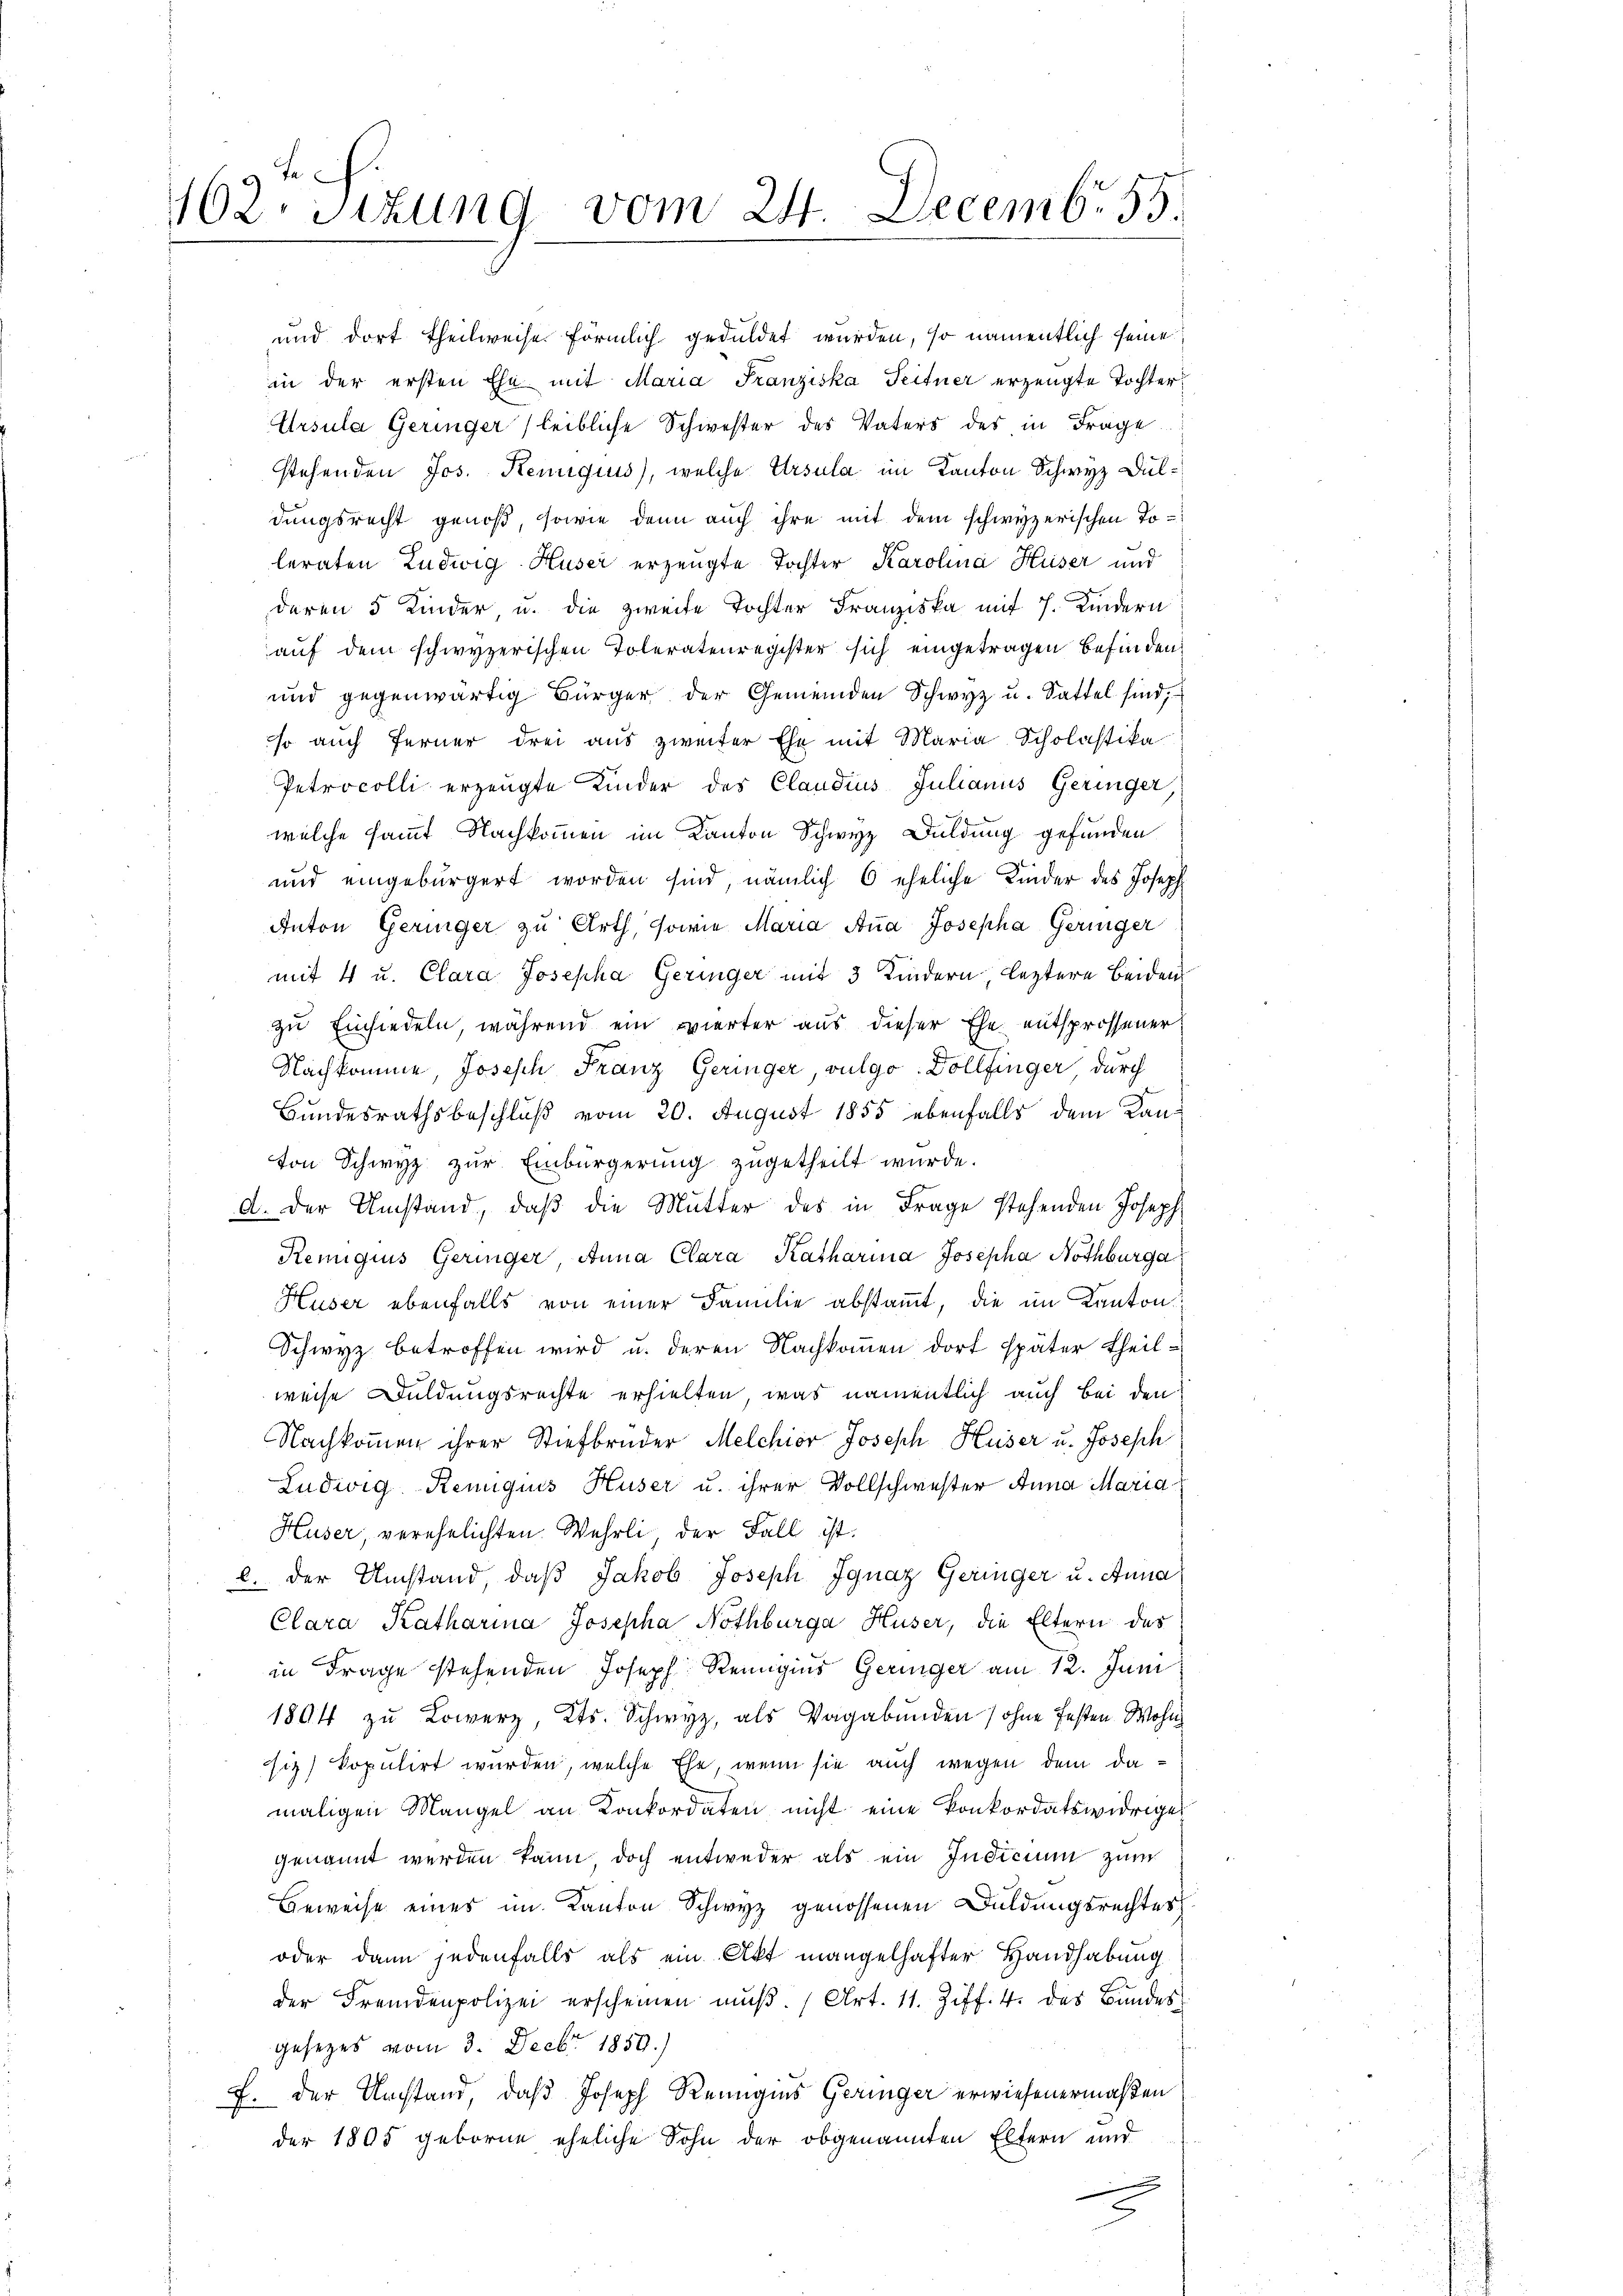
402. Sitzung vom 24. Decembr. 55.

und dort theilweise förmlich geduldet wurden, so namentlich seine
in der ersten Ehe mit Maria Franziska Teitner erzeugte Tochter¬
Ursula Geringer (leibliche Schwester des Vaters des in Frage
stehenden Jos. Reniquus), welche Ursula im Kanton Schwyz Duldungsrecht genoß, sowie denn auch ihre mit dem schwyzerischen Toleraten Ludwig Huser erzeugte Tochter Karolina Huser und
deren 5 Kinder, u. die zweite Tochter Franziska mit 7. Kindern
auf dem schwyzerischen Toleratenregister sich eingetragen befinden.
und gegenwärtig Bürger der Gemeinden Schwyz u. Sattel sind,
so auch ferner drei aus zweiter Ehe mit Maria Scholastika
Petrocolli erzeugte Kinder des Claudius Julianus Geringer
welche sammt Nachkommen im Kanton Schwyz Duldung gefunden
und eingebürgert worden sind, nämlich 6 eheliche Kinder des Joseph
Anton Geringer zu Arth, sowie Maria Aṅa Josepha Geringer
mit 4 u. Clara Josepha Geringer mit 3 Kindern, leztere beiden
zu Einsiedeln, während ein vierter aus dieser Ehe entsprossener
Nachkomme, Joseph Franz Geringer, vulgo Dollfinger durch
Bundesrathsbeschluß vom 20. August 1855 ebenfalls dem Kanton Schwyz zur Einbürgerung zugetheilt wurde.
A. Der Umstand, daß die Mutter des in Frage stehenden Joseph
Remigius Geringer, Anna Clara Katharina Josepha Nothburga
Huser ebenfalls von einer Familie abstammt, die im Kanton
Schwyz betroffen wird u. deren Nachkommen dort später Theilweise Duldungsrechte erhielten, was namentlich auch bei den
Nachkommen ihrer Stiefbruder Melchior Joseph Huser u. Joseph
Ludwig Rennquis Huser u. ihrer Vollschwester Anna Maria¬
Huser, verehelichten Wehrli, der Fall ist.
l. der Umstand, daß Jakob Joseph Ignaz Geringer u. Anna
Clara Katharina Josepha Nothbürga Huser, die Eltern das
in Frage stehenden Joseph Reingins Geringer am 12. Juni
1804 zu Lower, Kts. Schwyz, als Vagabunden / ohne festen Wohn
siz) kopulirt wurden, welche Ehe, wenn sie auch wegen dem damaligen Mangel an Konkordaten nicht eine Konkordatswidrige
genannt werden kann doch entweder als ein Indicium zum
Beweise eines im Kanton Schwyz genossenen Duldungsrechtes
oder dann jedenfalls als ein Akt mangelhafter Handhabung
der Fremdenpolizei erscheinen mŭβ. (Art. 11. Ziff. 4. des Bundes
gesetzes vom 3. Decbr. 1859.)
f. der Umstand, daß Joseph Reingins Geringer erwiesenermaßen
der 1805 geborne eheliche Sohn der obgenannten Eltern und
.